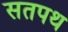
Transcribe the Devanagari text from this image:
सतपथ